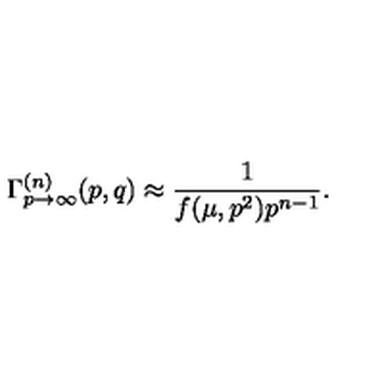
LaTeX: \Gamma _ { p \to \infty } ^ { ( n ) } ( p , q ) \approx \frac 1 { f ( \mu , p ^ { 2 } ) p ^ { n - 1 } } .